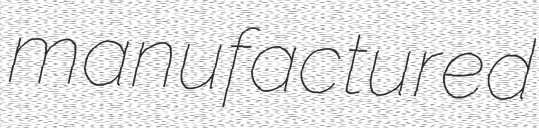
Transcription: manufactured